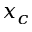
x _ { c }